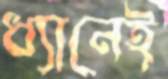
ধ্যানেই